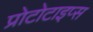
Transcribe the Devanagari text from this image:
प्रोटोटाइप्स